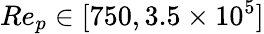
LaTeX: Re_{p}\in[750,3.5\times 10^{5}]